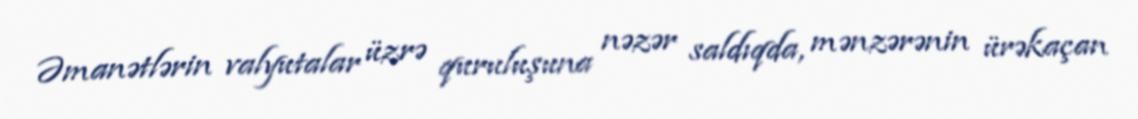
Əmanətlərin valyutalar üzrə quruluşuna nəzər saldıqda, mənzərənin ürəkaçan